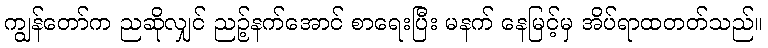
ကျွန်တော်က ညဆိုလျှင် ညဉ့်နက်အောင် စာရေးပြီး မနက် နေမြင့်မှ အိပ်ရာထတတ်သည်။